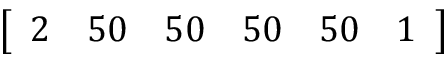
\left[ \begin{array} { l l l l l l } { 2 } & { 5 0 } & { 5 0 } & { 5 0 } & { 5 0 } & { 1 } \end{array} \right]